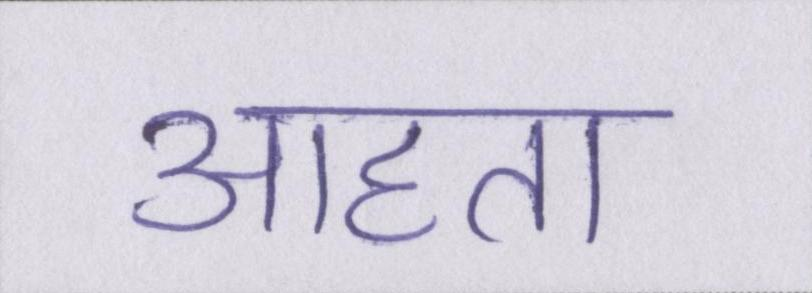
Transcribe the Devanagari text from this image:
आहाता